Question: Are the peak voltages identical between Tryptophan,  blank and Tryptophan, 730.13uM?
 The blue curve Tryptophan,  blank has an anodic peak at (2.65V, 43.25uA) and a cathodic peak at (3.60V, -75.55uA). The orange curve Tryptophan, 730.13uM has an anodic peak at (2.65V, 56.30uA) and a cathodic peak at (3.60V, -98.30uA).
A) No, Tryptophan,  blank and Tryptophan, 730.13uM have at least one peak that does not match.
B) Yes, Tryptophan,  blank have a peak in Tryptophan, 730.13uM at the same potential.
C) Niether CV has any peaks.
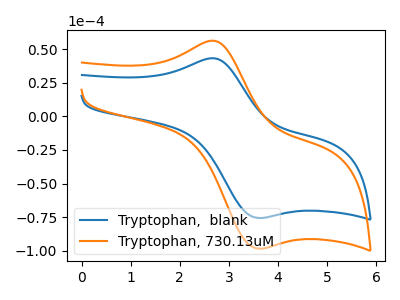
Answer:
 <answer>B) Yes, "Tryptophan,  blank" have a peak in "Tryptophan, 730.13uM" at the same potential.</answer>
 <eval>B</eval>